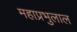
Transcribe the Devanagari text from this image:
महाप्रभुलाल